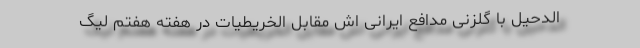
الدحیل با گلزنی مدافع ایرانی اش مقابل الخریطیات در هفته هفتم لیگ